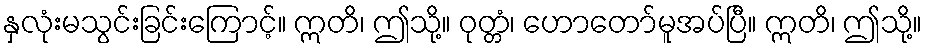
နှလုံးမသွင်းခြင်းကြောင့်။ ဣတိ၊ ဤသို့။ ဝုတ္တံ၊ ဟောတော်မူအပ်ပြီ။ ဣတိ၊ ဤသို့။